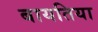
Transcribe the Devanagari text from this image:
बायतिया